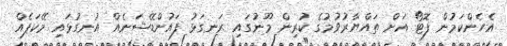
އެހެންކަމުން ފޮޓޯ އަށް ތައްޔާރުވުމުގެ ކުރިން މޫނުގައި ރަނގަޅު ފައުންޑޭޝަނެއް އުނގުޅައި މޭކަޕެއް